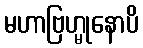
မဟာဗြဟ္မုနောပိ